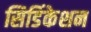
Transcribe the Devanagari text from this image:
सिडिंकेशन